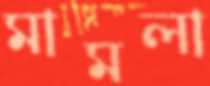
মামলা